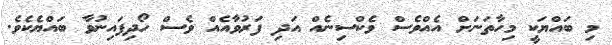
މި ބައްޔަކީ މިހާތަނަށް އެއްވެސް ވެކްސިނެއް އަދި ފަރުވާއެއް ވެސް ހޯދިފައިނުވާ ބައްޔެކެވެ.